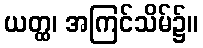
ယတ္ထ၊ အကြင်သိမ်၌။